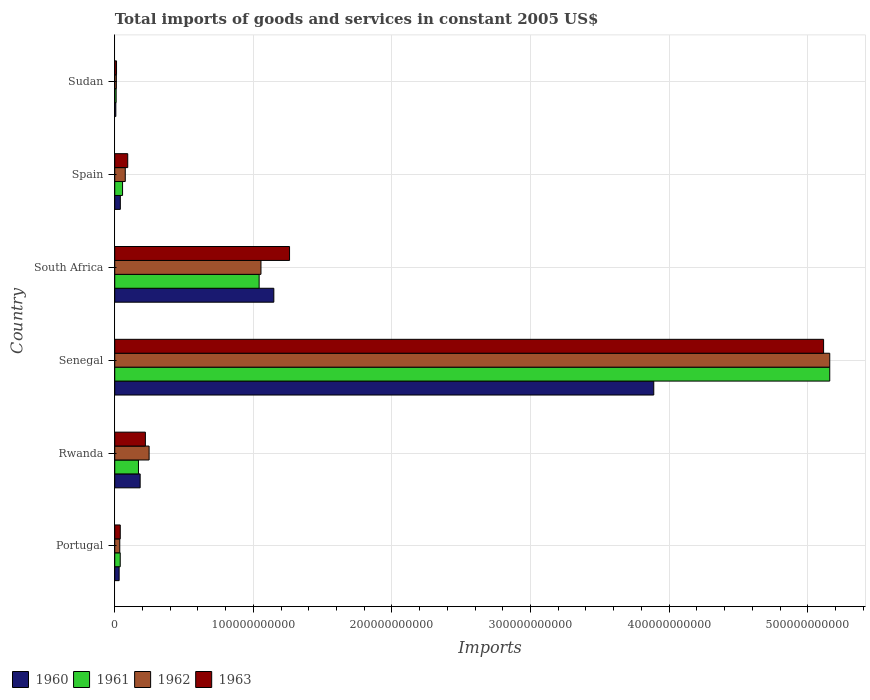
| Country | 1960 | 1961 | 1962 | 1963 |
 | --- | --- | --- | --- | --- |
 | Portugal | 3.17e+09 | 3.96e+09 | 3.62e+09 | 3.98e+09 |
 | Rwanda | 1.83e+10 | 1.71e+10 | 2.48e+10 | 2.21e+10 |
 | Senegal | 3.89e+11 | 5.16e+11 | 5.16e+11 | 5.11e+11 |
 | South Africa | 1.15e+11 | 1.04e+11 | 1.05e+11 | 1.26e+11 |
 | Spain | 4.02e+09 | 5.64e+09 | 7.58e+09 | 9.36e+09 |
 | Sudan | 7.79e+08 | 1e+09 | 1.14e+09 | 1.28e+09 |